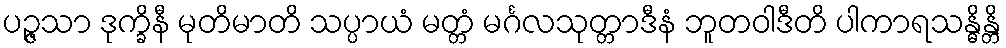
ပဉ္ဇသာ ဒုက္ခိနီ မုတိမာတိ သပ္ပာယံ မတ္တံ မင်္ဂလသုတ္တာဒီနံ ဘူတဝါဒီတိ ပါကာရသန္ဓိန္တိ